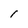
Character: 1